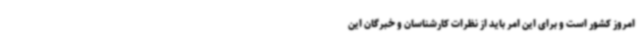
امروز کشور است و برای این امر باید از نظرات کارشناسان و خبرگان این